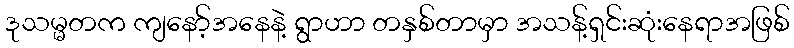
ဒုသမ္မတက ကျနော့်အနေနဲ့ ရွာဟာ တနှစ်တာမှာ အသန့်ရှင်းဆုံးနေရာအဖြစ်